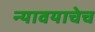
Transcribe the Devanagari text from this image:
न्यावयाचेच